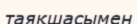
таяқшасымен